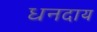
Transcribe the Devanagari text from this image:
धनदाय